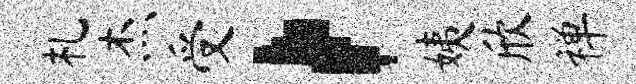
札杰受，姨欣禅